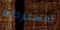
أمستردام